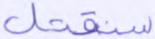
سنقتل